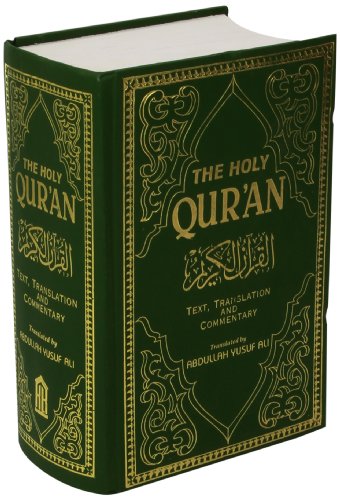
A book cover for The Holy Qur'an: English Translation, Commentary and Notes with Full Arabic Text (English and Arabic Edition); Abdullah Yusuf Ali; Reference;